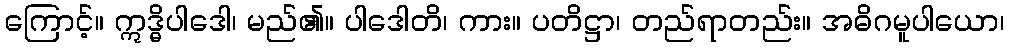
ကြောင့်။ ဣဒ္ဓိပါဒေါ၊ မည်၏။ ပါဒေါတိ၊ ကား။ ပတိဋ္ဌာ၊ တည်ရာတည်း။ အဓိဂမူပါယော၊